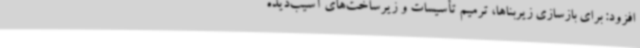
افزود: برای بازسازی زیربناها، ترمیم تأسیسات و زیرساخت‌های آسیب‌دیده